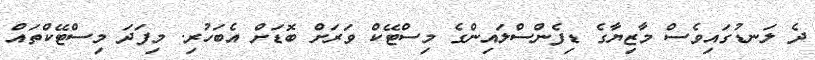
ދެ ލަނޑުގައިވެސް މާޒިޔާގެ ޑިފެންސްލައިންގެ މިސްޓޭކް ވަރަށް ބޮޑަށް އެބަހުރި. މިފަދަ މިސްޓޭކްތައް